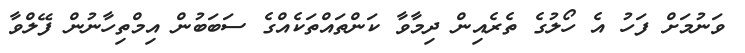
ވަނުމަށް ފަހު އެ ހޯލުގެ ތެރެއިން ދިމާވާ ކަންތައްތަކެއްގެ ސަބަބުން އިމްތިހާނުން ފޭލްވާ